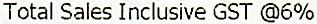
TOTAL SALES INCLUSIVE GST @6%